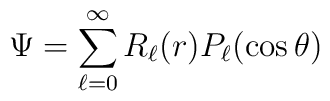
\Psi = \sum_{\ell =0}^\infty R_\ell (r) P_\ell (\cos\theta)